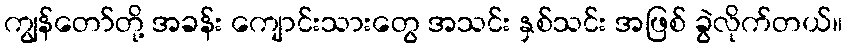
ကျွန်တော်တို့ အခန်း ကျောင်းသားတွေ အသင်း နှစ်သင်း အဖြစ် ခွဲလိုက်တယ်။